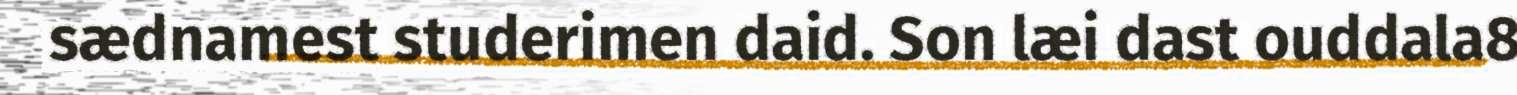
sædnamest studerimen daid. Son læi dast ouddala8